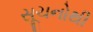
સૂચનોથી